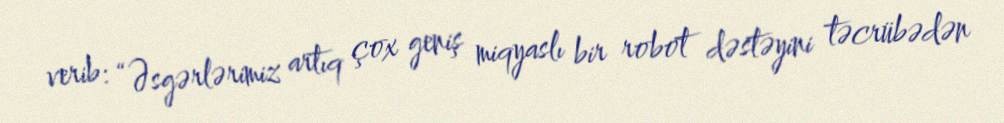
verib: “Əsgərlərimiz artıq çox geniş miqyaslı bir robot dəstəyini təcrübədən